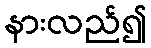
နားလည်၍